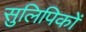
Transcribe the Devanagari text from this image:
सुलिपिकों